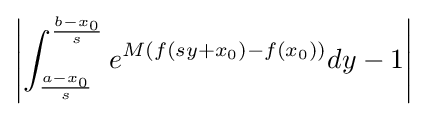
\left|\int _{\frac {a-x_{0}}{s}}^{\frac {b-x_{0}}{s}}e^{M(f(sy+x_{0})-f(x_{0}))}dy-1\right|